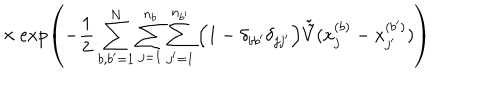
\times \exp \left( - \frac { 1 } { 2 } \sum _ { b , b ^ { \prime } = 1 } ^ { N } \sum _ { j = 1 } ^ { n _ { b } } \sum _ { j ^ { \prime } = 1 } ^ { n _ { b ^ { \prime } } } \Big ( 1 - \delta _ { b b ^ { \prime } } \delta _ { j j ^ { \prime } } \Big ) \tilde { \tilde { V } } ( x _ { j } ^ { ( b ) } - x _ { j ^ { \prime } } ^ { ( b ^ { \prime } ) } ) \right)